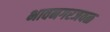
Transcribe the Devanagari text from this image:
भावनगरजवळ